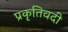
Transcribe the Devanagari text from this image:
प्रकृतिवदी